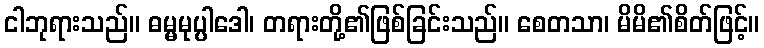
ငါဘုရားသည်။ ဓမ္မမုပ္ပါဒေါ၊ တရားတို့၏ဖြစ်ခြင်းသည်။ စေတသာ၊ မိမိ၏စိတ်ဖြင့်။